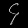
Digit: ၄